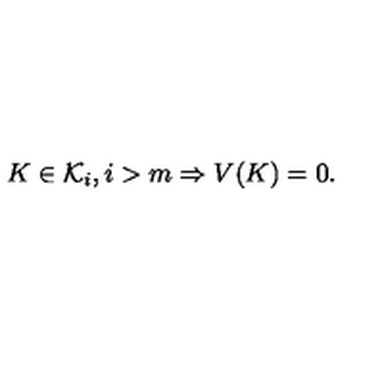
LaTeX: K \in { \cal K } _ { i } , i > m \Rightarrow V ( K ) = 0 .